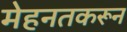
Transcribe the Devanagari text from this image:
मेहनतकरून